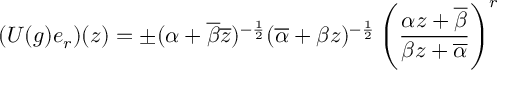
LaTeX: ( U ( g ) e _ { r } ) ( z ) = \pm ( \alpha + \overline { { { \beta } } } \overline { { { z } } } ) ^ { - \frac { 1 } { 2 } } ( \overline { { { \alpha } } } + \beta z ) ^ { - \frac { 1 } { 2 } } \left( \frac { \alpha z + \overline { { { \beta } } } } { \beta z + \overline { { { \alpha } } } } \right) ^ { r }